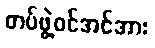
တပ်ဖွဲ့ဝင်အင်အား